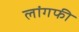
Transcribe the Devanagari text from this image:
लांगफी